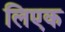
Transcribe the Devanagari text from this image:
लिएक